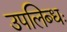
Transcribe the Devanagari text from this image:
उपलिब्धः